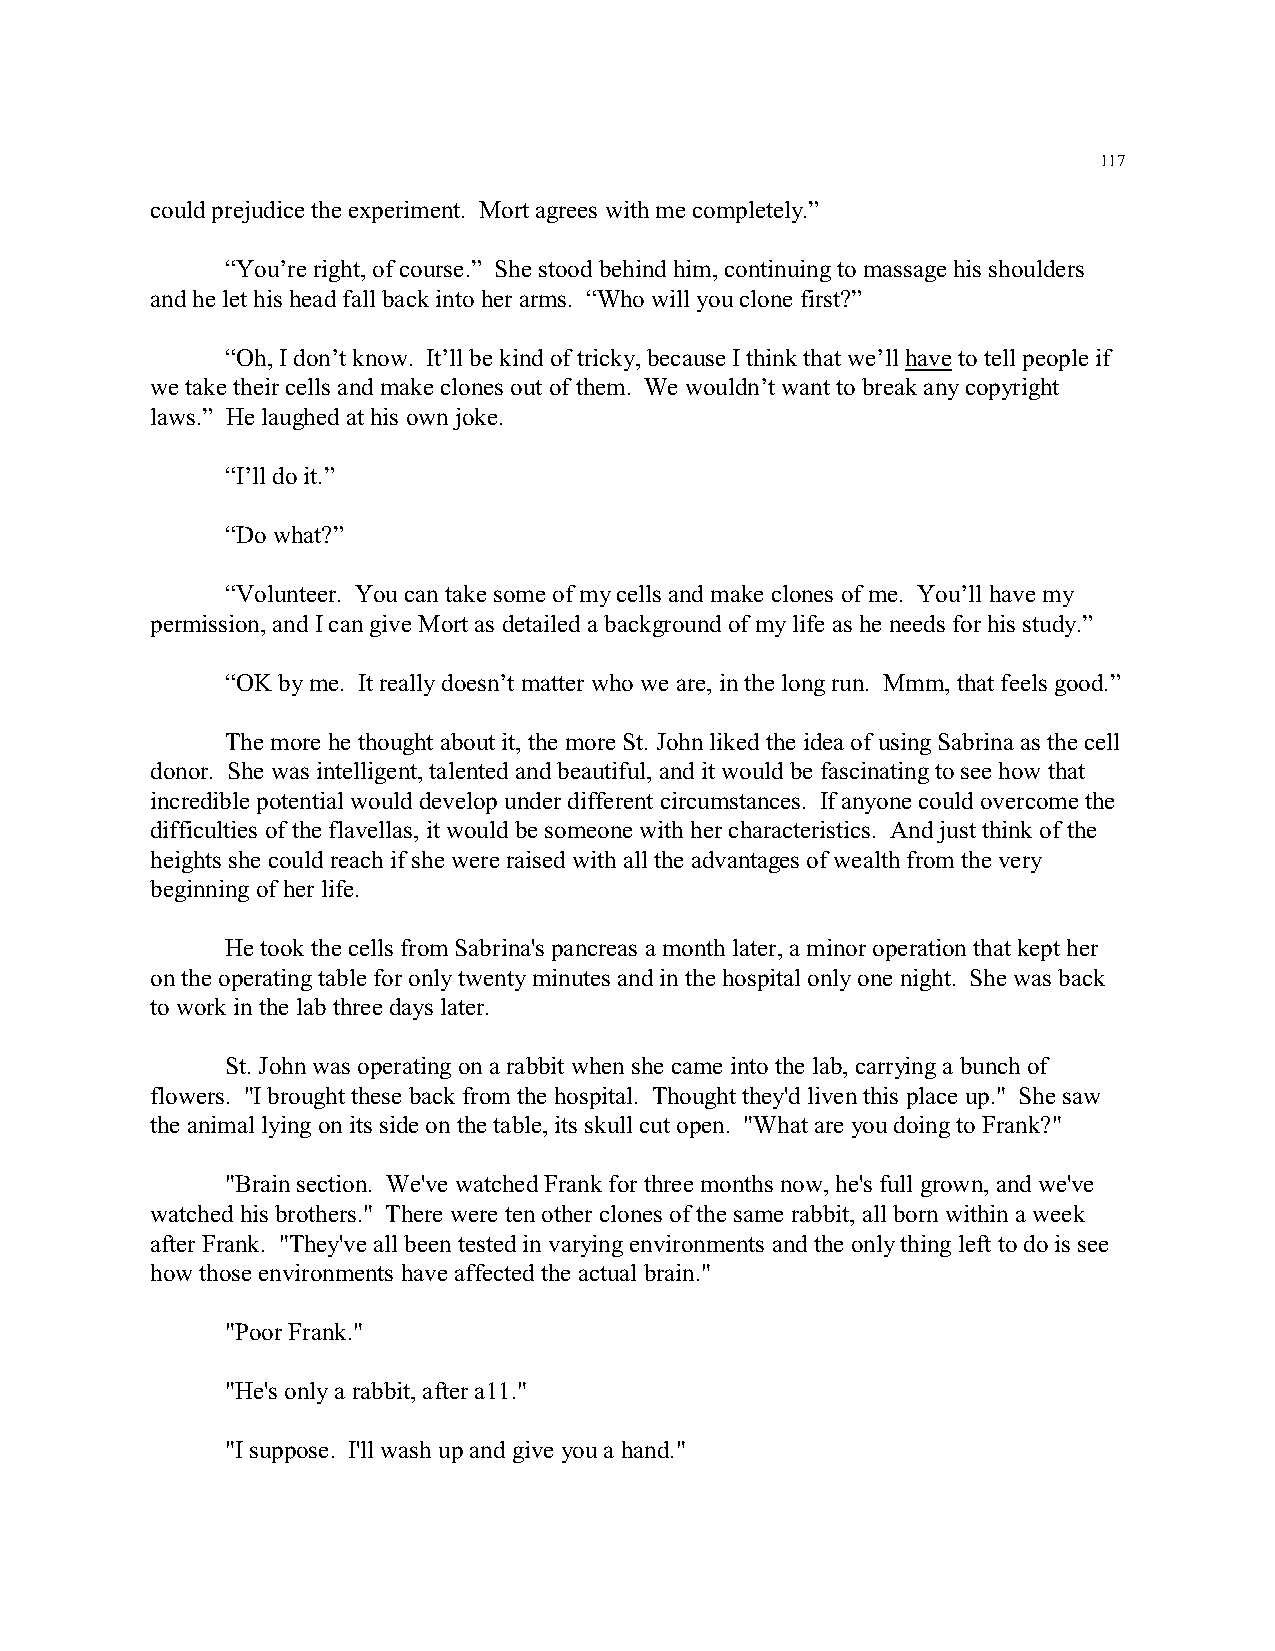
117
 could prejudice the experiment. Mort agrees with me completely.”
 “You’re right, of course.” She stood behind him, continuing to massage his shoulders
 and he let his head fall back into her arms. “Who will you clone first?”
 “Oh, I don’t know. It’ll be kind of tricky, because I think that we’ll have to tell people if
 we take their cells and make clones out of them. We wouldn’t want to break any copyright
 laws.” He laughed at his own joke.
 “I’ll do it.”
 “Do what?”
 “Volunteer. You can take some of my cells and make clones of me. You’ll have my
 permission, and I can give Mort as detailed a background of my life as he needs for his study.”
 “OK by me. It really doesn’t matter who we are, in the long run. Mmm, that feels good.”
 The more he thought about it, the more St. John liked the idea of using Sabrina as the cell
 donor. She was intelligent, talented and beautiful, and it would be fascinating to see how that
 incredible potential would develop under different circumstances. If anyone could overcome the
 difficulties of the flavellas, it would be someone with her characteristics. And just think of the
 heights she could reach if she were raised with all the advantages of wealth from the very
 beginning of her life.
 He took the cells from Sabrina's pancreas a month later, a minor operation that kept her
 on the operating table for only twenty minutes and in the hospital only one night. She was back
 to work in the lab three days later.
 St. John was operating on a rabbit when she came into the lab, carrying a bunch of
 flowers. "I brought these back from the hospital. Thought they'd liven this place up." She saw
 the animal lying on its side on the table, its skull cut open. "What are you doing to Frank?"
 "Brain section. We've watched Frank for three months now, he's full grown, and we've
 watched his brothers." There were ten other clones of the same rabbit, all born within a week
 after Frank. "They've all been tested in varying environments and the only thing left to do is see
 how those environments have affected the actual brain."
 "Poor Frank."
 "He's only a rabbit, after a11."
 "I suppose. I'll wash up and give you a hand."